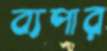
ব্যপার